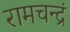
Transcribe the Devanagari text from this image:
रामचन्द्रं